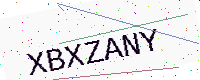
Text: XBXZANY